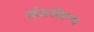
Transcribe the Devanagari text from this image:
अंतर्संबन्ध